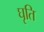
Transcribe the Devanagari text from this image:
घृति